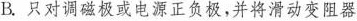
B.只对调磁极或电源正负极，并将滑动变阻器